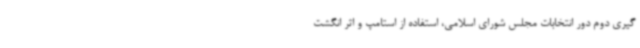
گیری دوم دور انتخابات مجلس شورای اسلامی، استفاده از استامپ و اثر انگشت